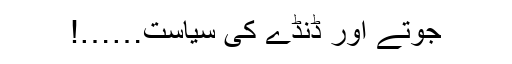
جوتے اور ڈنڈے کی سیاست……!